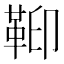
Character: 𩊕